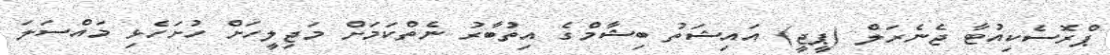
ޕްރޮސެކިއުޓާ ޖެނެރަލް (ޕީޖީ) އައިޝަތު ބިޝާމްގެ އިތުބާރު ނެތްކަމަށް މަޖިލީހަށް ހުށަހެޅި މައްސަލަ